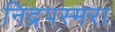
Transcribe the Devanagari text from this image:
निद्रपस्मरा